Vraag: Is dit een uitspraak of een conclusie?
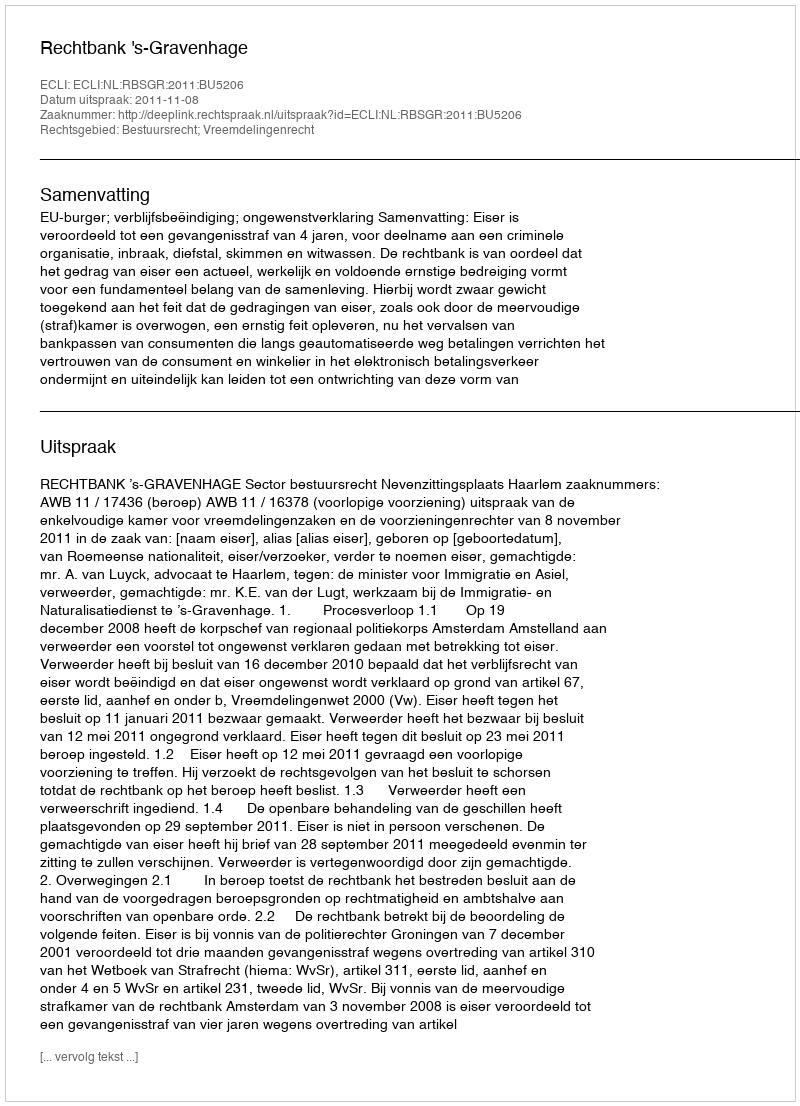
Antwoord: Uitspraak